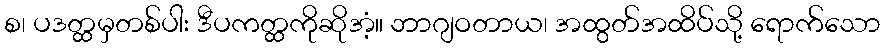
စ၊ ပဒတ္ထမှတစ်ပါး ဒီပကတ္ထကိုဆိုအံ့။ ဘာဂျဝတာယ၊ အထွတ်အထိပ်သို့ ရောက်သော